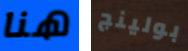
هنا بولينج